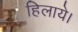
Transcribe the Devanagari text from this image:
हिलाये।